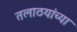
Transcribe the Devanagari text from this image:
तलाठयांच्या